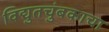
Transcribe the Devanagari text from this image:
विद्युतचुंबकाचा